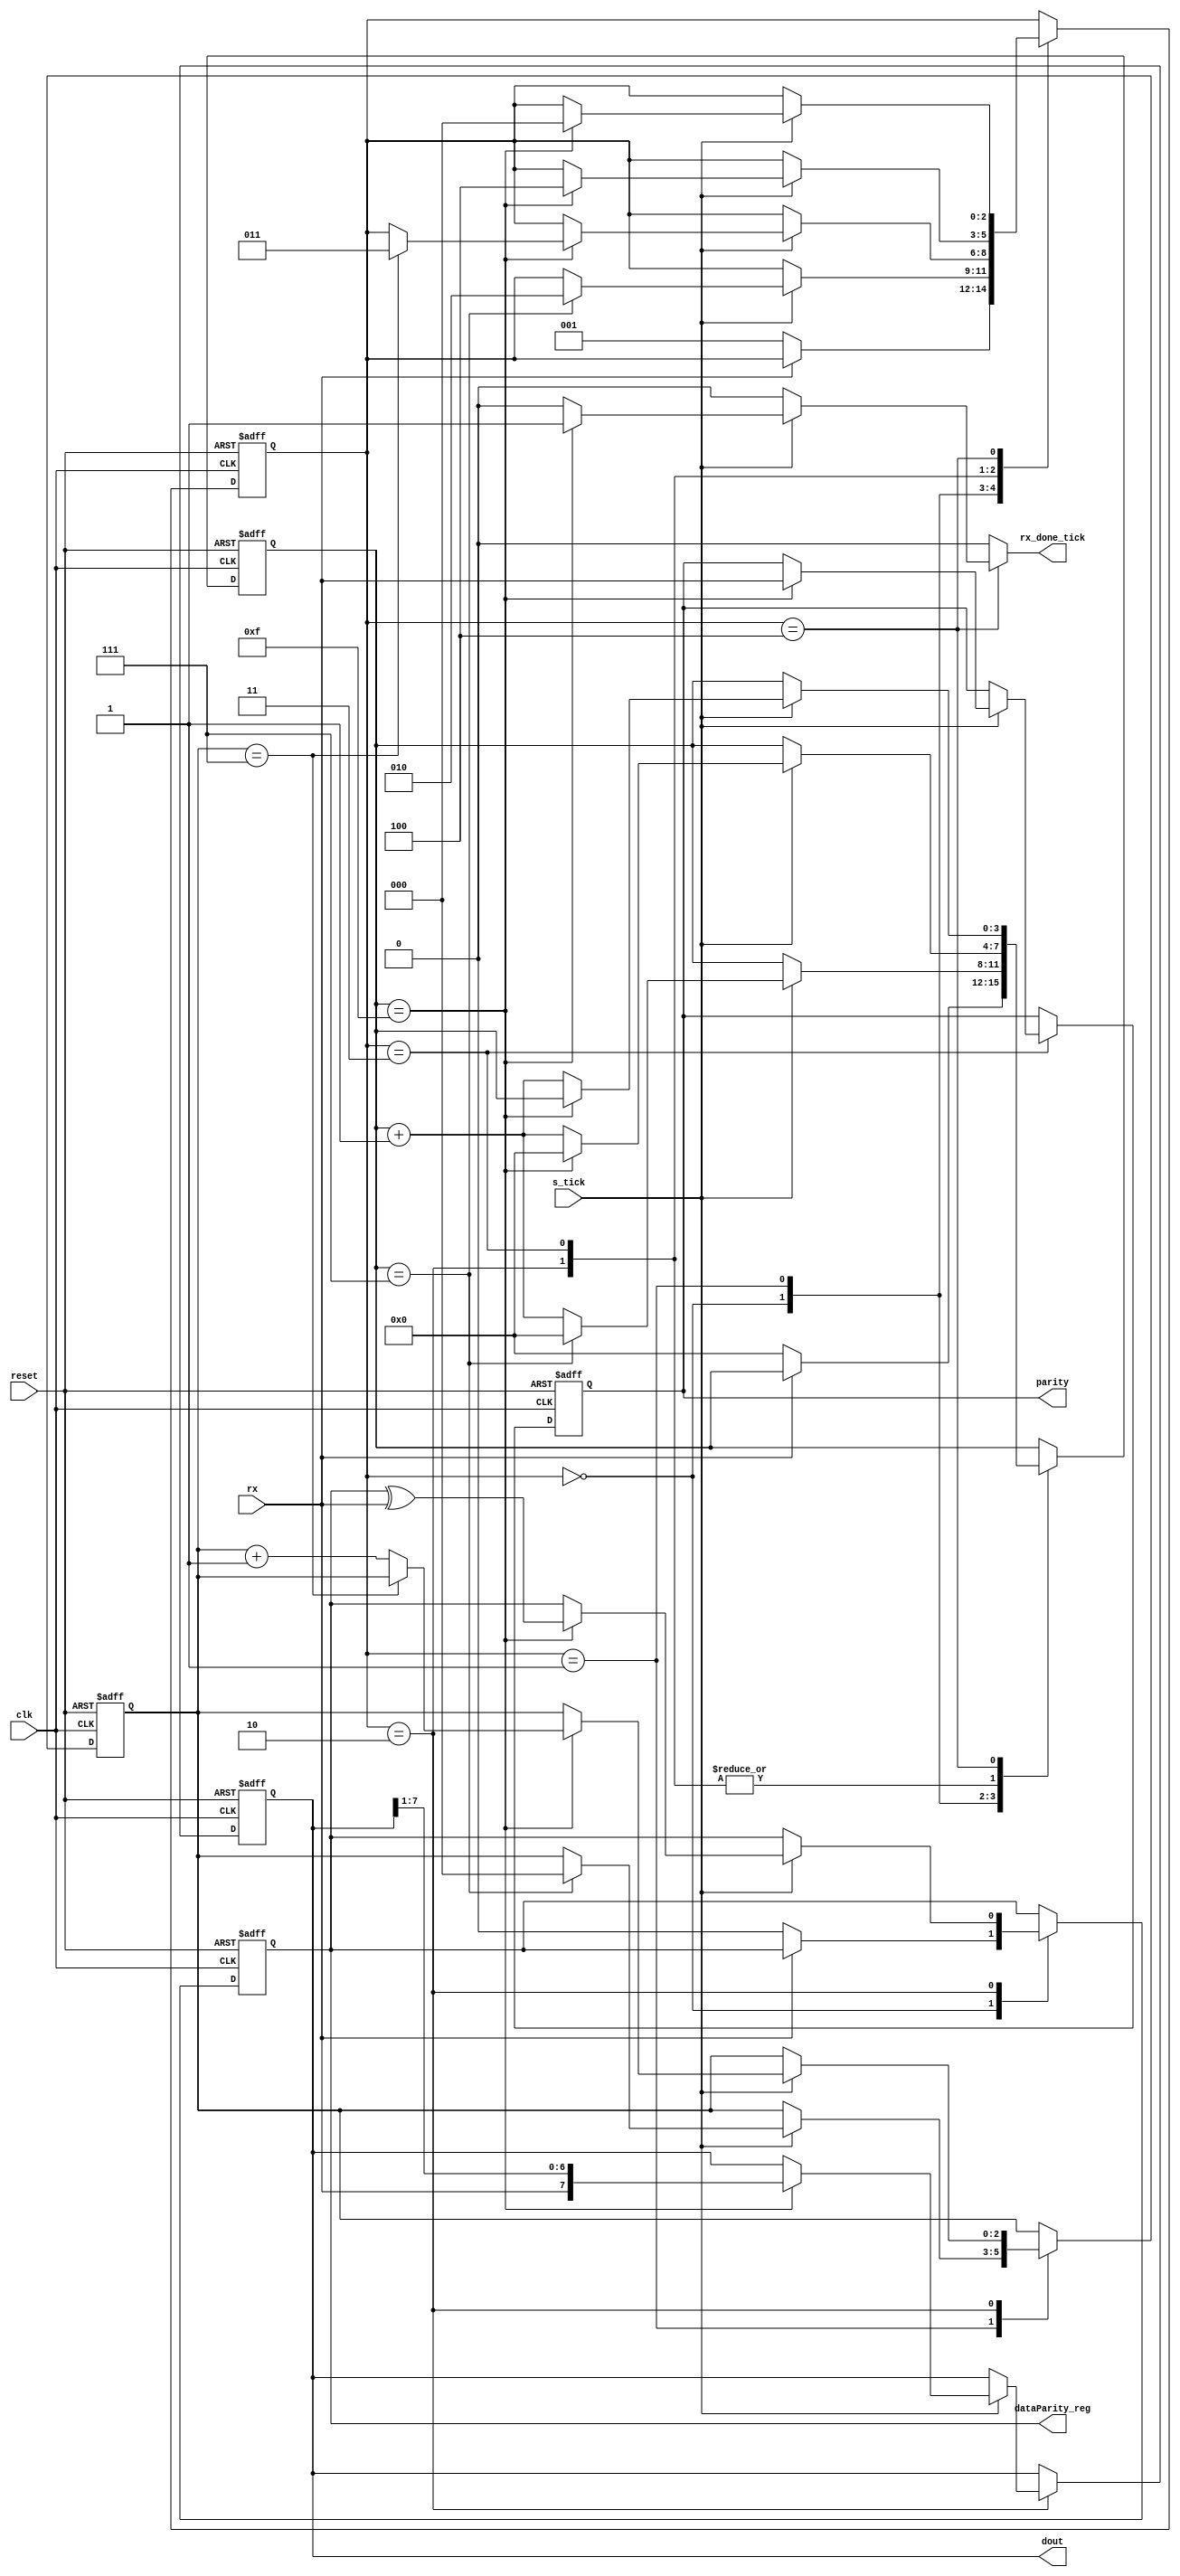
//Listing 8.1
module uart_rx
   #(
     parameter DBIT = 8,     // # data bits
               SB_TICK = 16  // # ticks for stop bits
   )
   (
    input wire clk, reset,
    input wire rx, s_tick,
    output reg rx_done_tick,
    output wire [7:0] dout,
	 output reg dataParity_reg,
	 output wire parity
   );

   // symbolic state declaration
   localparam [2:0]
      idle  = 3'b000,
      start = 3'b001,
      data  = 3'b010,
      parityCheck  = 3'b011,
		stop = 3'b100;

   // signal declaration
   reg [2:0] state_reg, state_next;
   reg [3:0] s_reg, s_next;
   reg [2:0] n_reg, n_next;
   reg [7:0] b_reg, b_next;
	reg dataParity_next;
	reg parity_reg, parity_next;

   // body
   // FSMD state & data registers
   always @(posedge clk, posedge reset)
      if (reset)
         begin
            state_reg <= idle;
            s_reg <= 0;
            n_reg <= 0;
            b_reg <= 0;
				dataParity_reg <= 0;
				parity_reg <= 0;
         end
      else
         begin
            state_reg <= state_next;
            s_reg <= s_next;
            n_reg <= n_next;
            b_reg <= b_next;
				dataParity_reg <= dataParity_next;
				parity_reg <= parity_next;
         end

   // FSMD next-state logic
   always @*
   begin
      state_next = state_reg;
      rx_done_tick = 1'b0;
      s_next = s_reg;
      n_next = n_reg;
      b_next = b_reg;
		dataParity_next = dataParity_reg;//needed?
		parity_next = parity_reg;
      case (state_reg)
         idle:
            if (~rx)
               begin
                  state_next = start;
                  s_next = 0;
						dataParity_next = 0;
               end
         start:
            if (s_tick)
               if (s_reg==7)
                  begin
                     state_next = data;
                     s_next = 0;
                     n_next = 0;
                  end
               else
                  s_next = s_reg + 1;
         data:
            if (s_tick)
               if (s_reg==15)
                  begin
                     s_next = 0;
                     b_next = {rx, b_reg[7:1]};
							dataParity_next = dataParity_reg ^ rx;
                     if (n_reg==(DBIT-1))
                        state_next = parityCheck;
                      else
                        n_next = n_reg + 1;
                   end
               else
                  s_next = s_reg + 1;
			parityCheck: 
				if (s_tick)
					if (s_reg==15)
						begin
							s_next = 0;
							parity_next = rx;	
							state_next = stop;
						end
					else
						s_next = s_reg + 1;
         stop:
            if (s_tick)
               if (s_reg==(SB_TICK-1))
                  begin
                     state_next = idle;
                     rx_done_tick =1'b1;
                  end
               else
                  s_next = s_reg + 1;
      endcase
   end
   // output
   assign dout = b_reg;
	assign parity = parity_reg;
endmodule